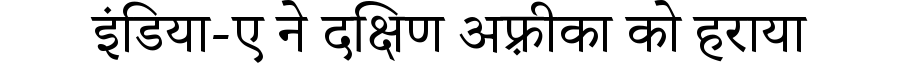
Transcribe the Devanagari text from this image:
इंडिया-ए ने दक्षिण अफ़्रीका को हराया